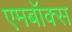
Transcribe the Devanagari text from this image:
एमबॉक्स